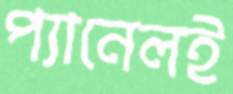
প্যানেলই